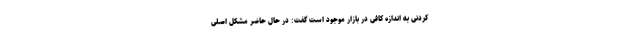
کردنی به اندازه کافی در بازار موجود است گفت: در حال حاضر مشکل اصلی